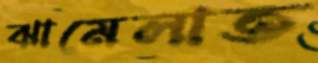
ঝামেলাত